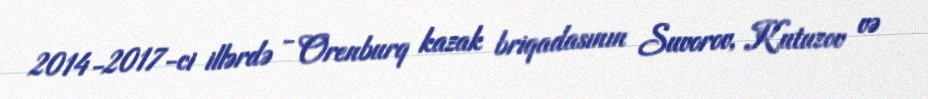
2014-2017-ci illərdə - Orenburq kazak briqadasının Suvorov, Kutuzov və